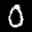
Label: 0